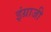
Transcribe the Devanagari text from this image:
इंग्राजी